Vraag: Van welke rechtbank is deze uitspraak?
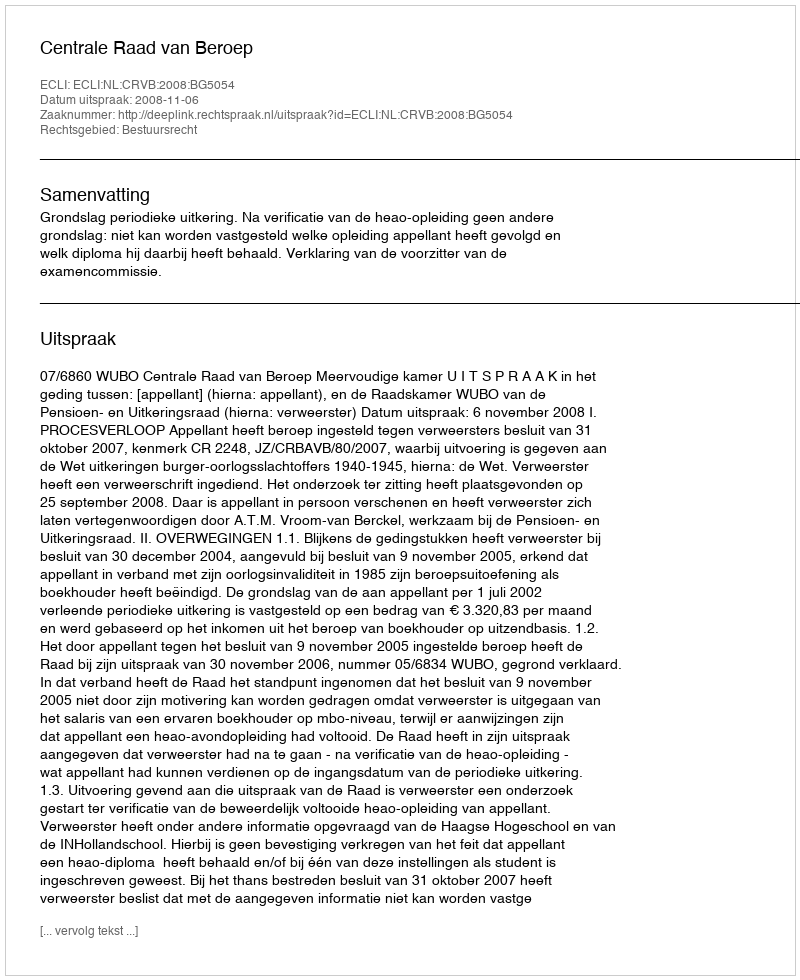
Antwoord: Centrale Raad van Beroep